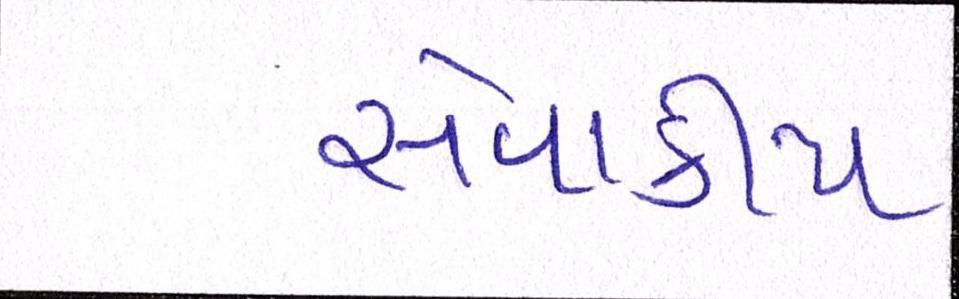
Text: સેવાકીય